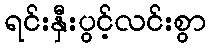
ရင်းနှီးပွင့်လင်းစွာ